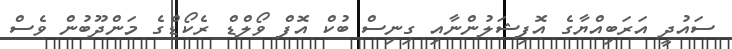
ސައުދީ އަރަބިއްޔާގެ އޮފިޝަލުންނާއި ގިނިސް ބުކް އޮފް ވޯލްޑް ރެކޯޑްގެ މަންދޫބުން ވެސް